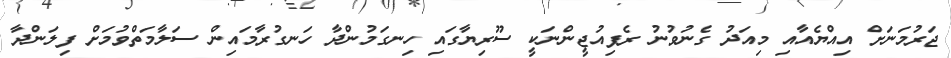
ޖަރުމަނަށް އިއްޔެއާއި މިއަދު ގެނުވުނު ރެފިއުޖީންނަކީ ސޫރިޔާގައި ހިނގަމުންދާ ހަނގުރާމައިން ސަލާމަތްވުމަށް ފިލަންދާ